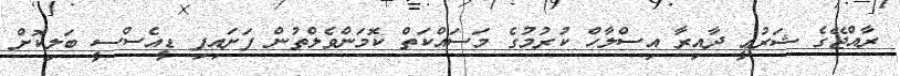
ރާއްޖޭގެ ޝަރުޢީ ދާއިރާ އިސްލާހް ކުރުމުގެ މަސައްކަތް ކޮމަންވެލްތުން ފަށައިފި ޑީއެސްސީ ބަލިކޮށް